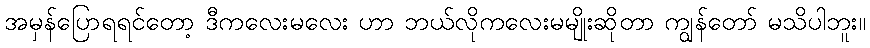
အမှန်ပြောရရင်တော့ ဒီကလေးမလေး ဟာ ဘယ်လိုကလေးမမျိုးဆိုတာ ကျွန်တော် မသိပါဘူး။